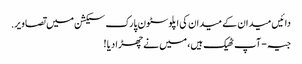
دائیں میدان کے میدان کی اپلوسٹون پارک سیکشن میں تصاویر.
جیہ - آپ ٹھیک ہیں، میں نے چھڑا دیا !